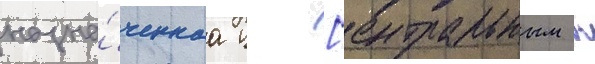
назна́ченнаа ц [ентральным к